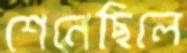
শেনেছিলে